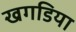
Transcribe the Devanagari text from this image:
खगडिया